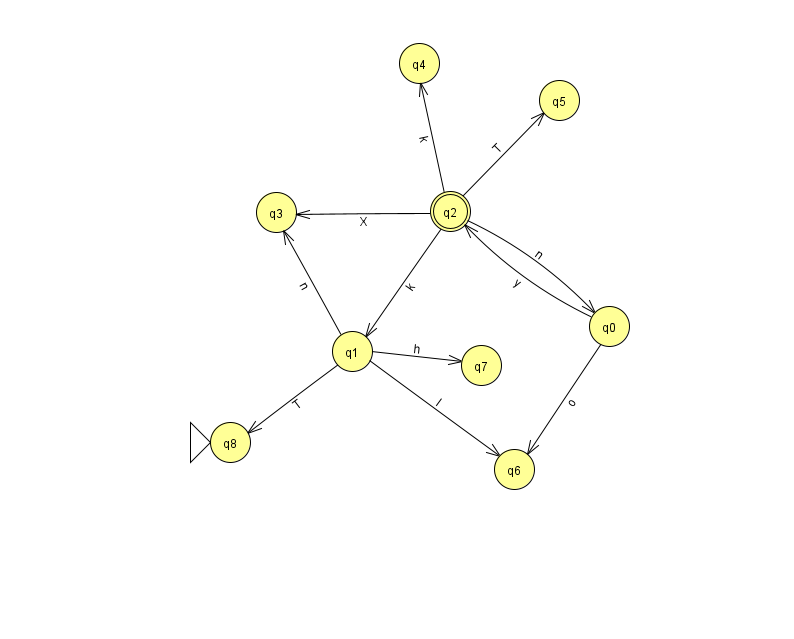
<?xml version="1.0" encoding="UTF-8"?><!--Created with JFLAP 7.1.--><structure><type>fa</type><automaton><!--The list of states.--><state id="0" name="q0"><x>609.0</x><y>313.0</y></state><state id="1" name="q1"><x>352.0</x><y>338.0</y></state><state id="2" name="q2"><x>450.0</x><y>198.0</y><final/></state><state id="3" name="q3"><x>276.0</x><y>199.0</y></state><state id="4" name="q4"><x>419.0</x><y>50.0</y></state><state id="5" name="q5"><x>559.0</x><y>87.0</y></state><state id="6" name="q6"><x>514.0</x><y>456.0</y></state><state id="7" name="q7"><x>481.0</x><y>352.0</y></state><state id="8" name="q8"><x>230.0</x><y>429.0</y><initial/></state><!--The list of transitions.--><transition><from>0</from><to>6</to><read>o</read></transition><transition><from>1</from><to>6</to><read>I</read></transition><transition><from>0</from><to>2</to><read>y</read></transition><transition><from>2</from><to>0</to><read>n</read></transition><transition><from>2</from><to>3</to><read>X</read></transition><transition><from>2</from><to>4</to><read>k</read></transition><transition><from>2</from><to>1</to><read>k</read></transition><transition><from>1</from><to>8</to><read>T</read></transition><transition><from>1</from><to>7</to><read>h</read></transition><transition><from>2</from><to>5</to><read>T</read></transition><transition><from>1</from><to>3</to><read>n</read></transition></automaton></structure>